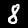
Label: 8